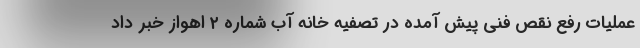
عملیات رفع نقص فنی پیش آمده در تصفیه خانه آب شماره ۲ اهواز خبر داد